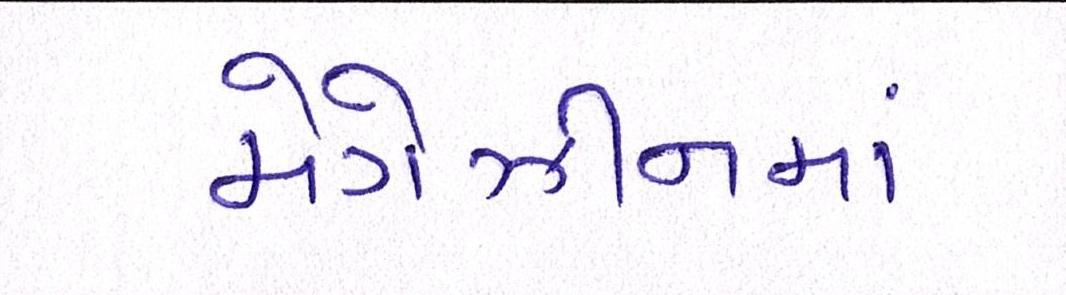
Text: મેગેઝીનમાં